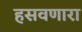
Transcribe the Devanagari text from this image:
हसवणारा